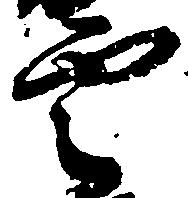
雲